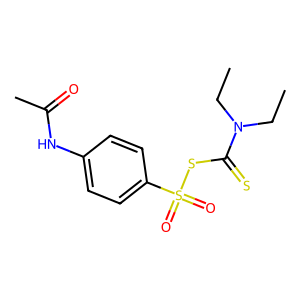
SMILES: CCN(CC)C(=S)SS(=O)(=O)c1ccc(NC(C)=O)cc1
Inhibits HIV replication: No